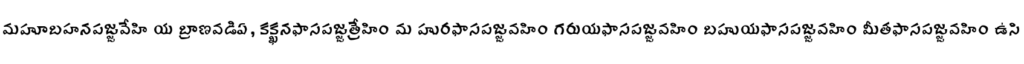
మహూబహనపజ్జవేహి య బ్రాణవడిఏ, కక్ఖనఫాసపజ్జత్రేహిం మ హురఫాసపజ్జవహిం గరుయఫాసపజ్జవహిం బహుయఫాసపజ్జవహిం మీతఫాసపజ్జవహిం ఉసి